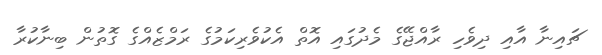
ޗައިނާ އާއި ދިވެހި ރާއްޖޭގެ މެދުގައި އޮތް އެކުވެރިކަމުގެ ރަމްޒެއްގެ ގޮތުން ބިނާކުރާ